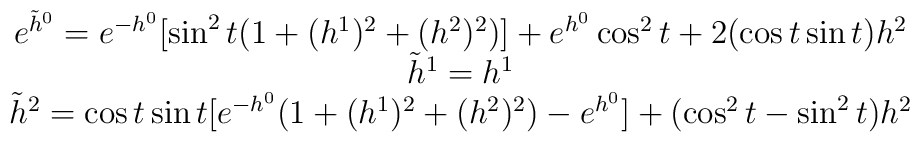
\matrix{ e^{\tilde h^0}=e^{-h^0}\bigl[\sin^2t\bigl(1+(h^1)^2+(h^2)^2\bigr)\bigr]+e^{h^0}\cos^2t+2(\cos t\sin t) h^2\cr\tilde h^1=h^1\cr\tilde h^2= \cos t\sin t \bigl[e^{-h^0}\bigl(1+(h^1)^2+(h^2)^2\bigr)-e^{h^0}\bigr] +(\cos^2t-\sin^2t)h^2}